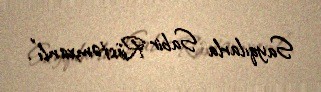
Sayqılarla Sabir Rüstəmxanlı”.